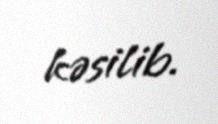
kəsilib.